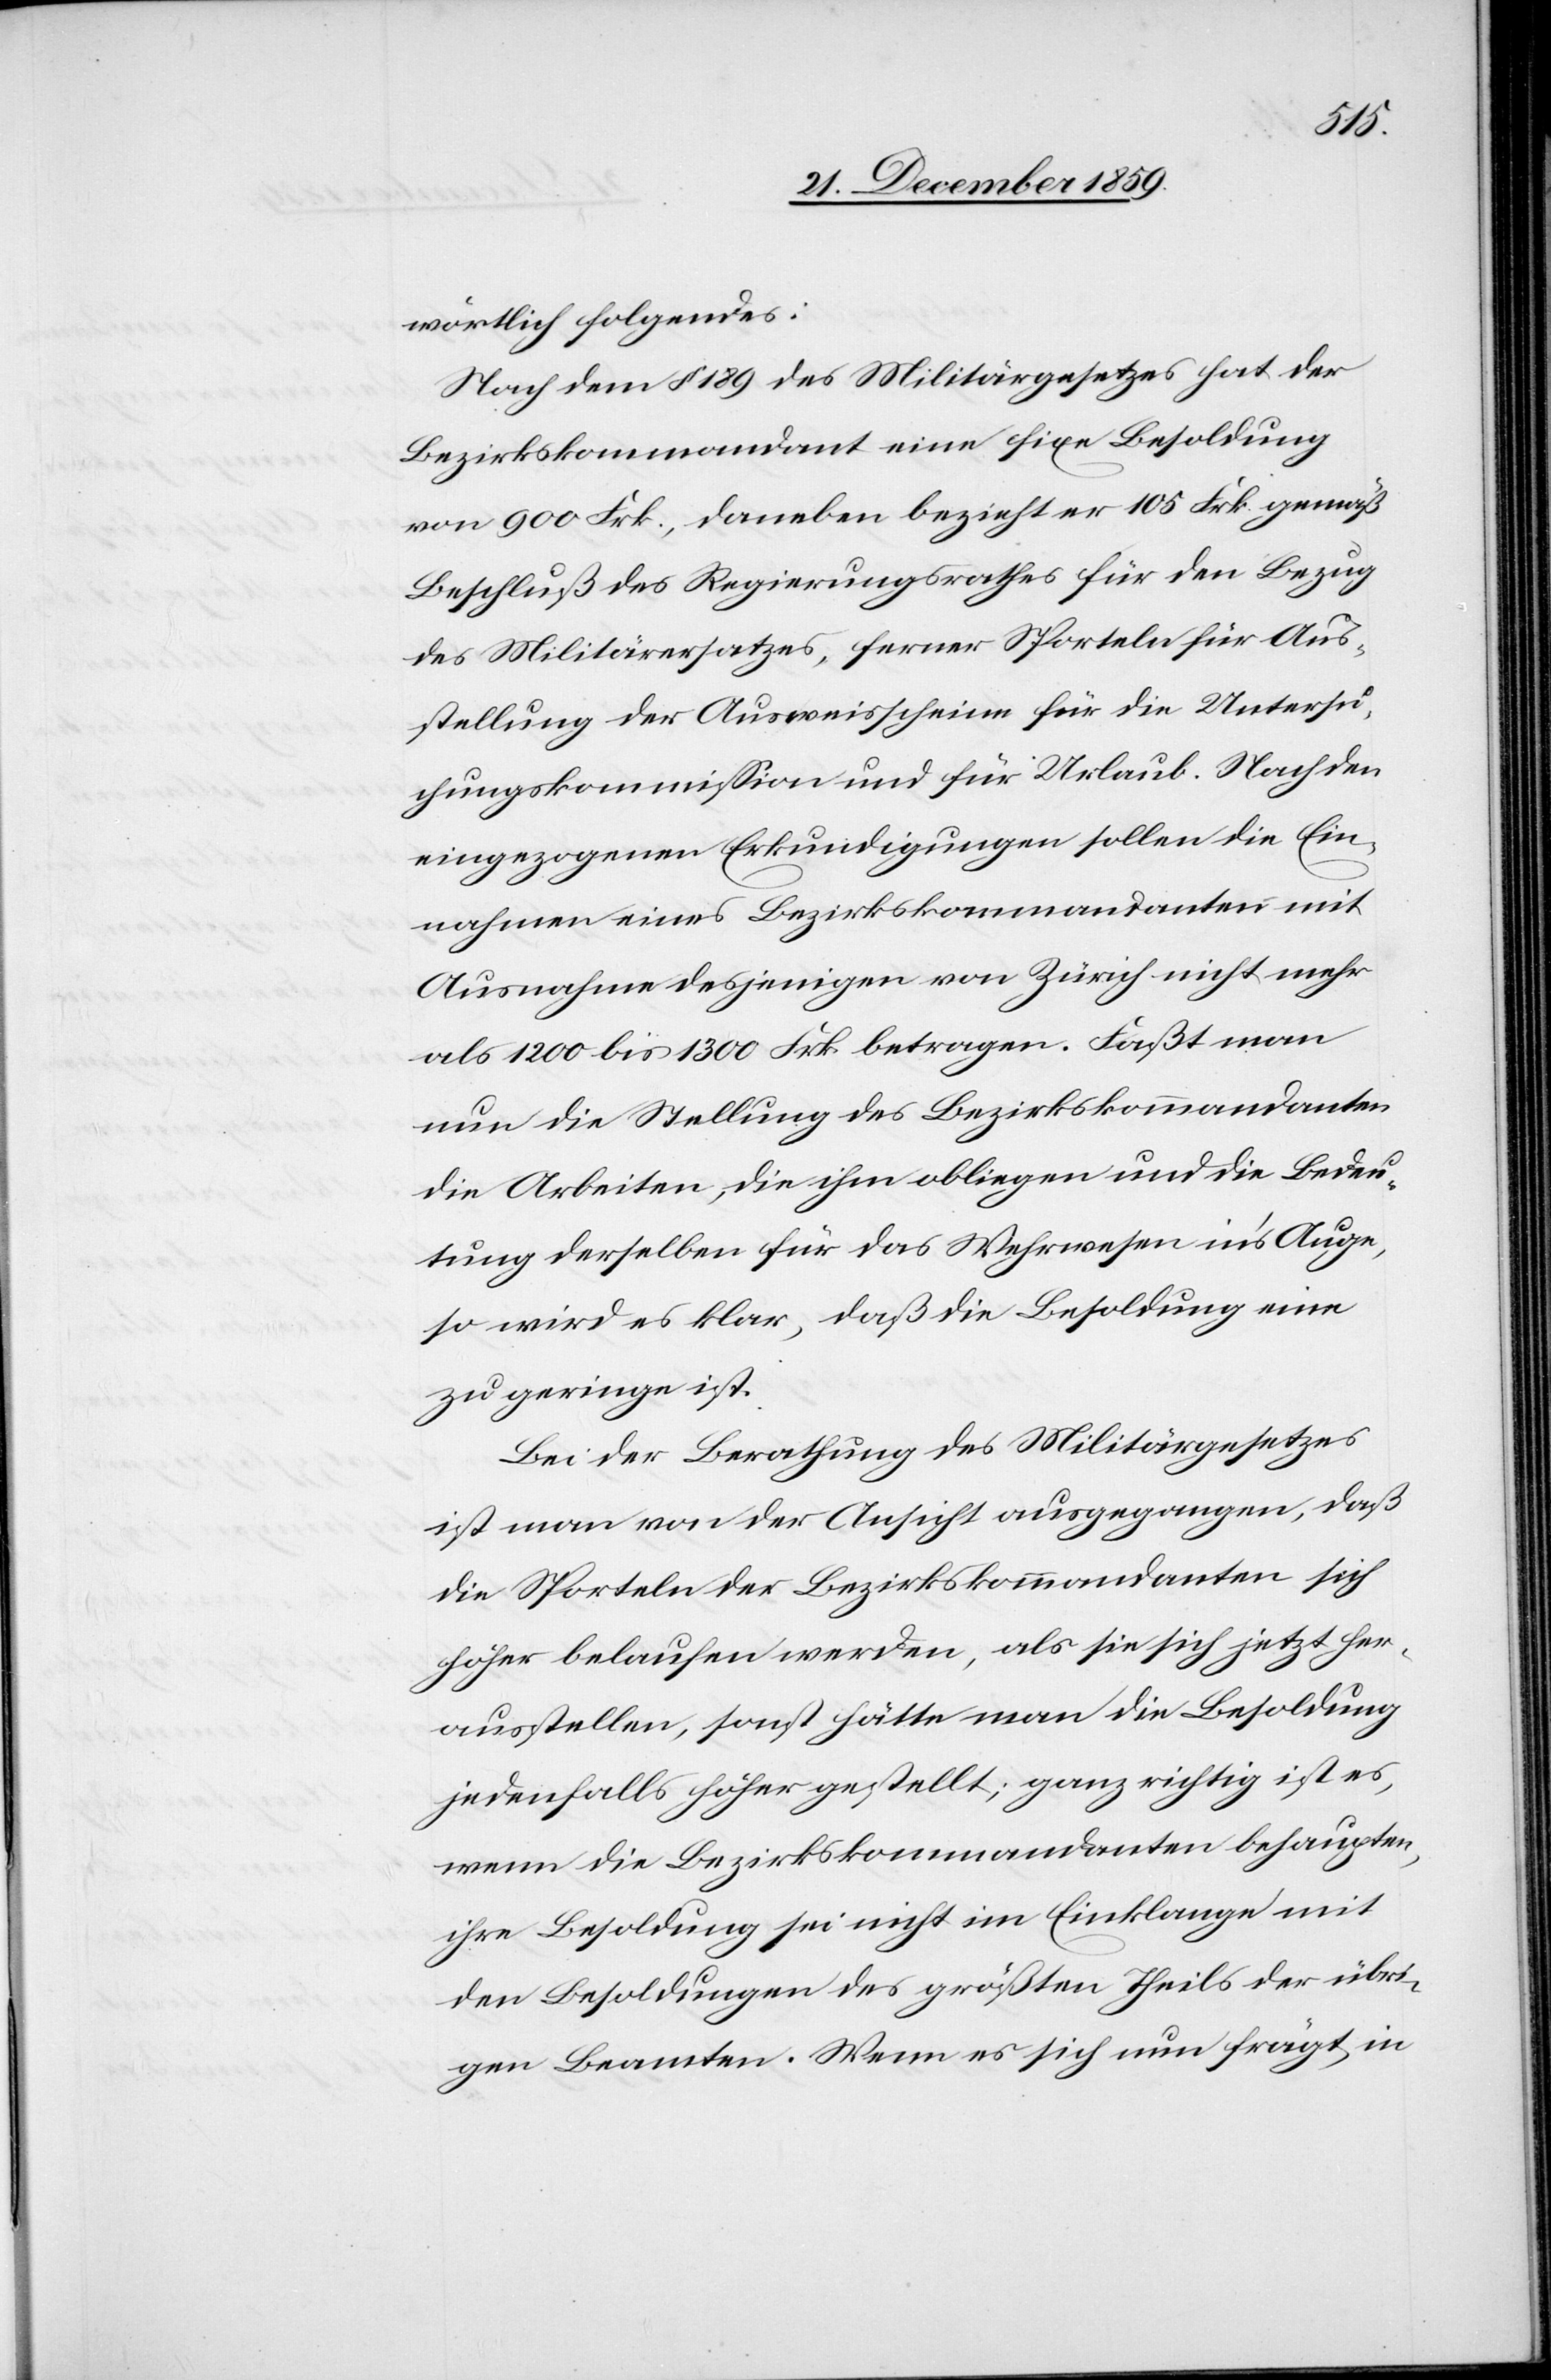
wörtlich folgendes:
Nach dem § 189 des Militärgesetzes hat der
Bezirkskommandant eine fixe Besoldung
von 900 Frk., daneben bezieht er 105 Frk. gemäß
Beschluß des Regierungsrathes für den Bezug
des Militärersatzes, ferner Sporteln für Aus¬
stellung der Ausweisscheine für die Untersu¬
chungskommission und für Urlaub. Nach den
eingezogenen Erkundigungen sollen die Ein¬
nahmen eines Bezirkskommandanten mit
Ausnahme desjenigen von Zürich nicht mehr
als 1200 bis 1300 Frk. betragen. Faßt man
nun die Stellung des Bezirkskommandanten
die Arbeiten, die ihm obliegen[,] und die Bedeu¬
tung derselben für das Wehrwesen in’s Auge,
so wird es klar, daß die Besoldung eine
zu geringe ist.
Bei der Berathung des Militärgesetzes
ist man von der Ansicht ausgegangen, daß
die Sporteln der Bezirkskommandanten sich
höher belaufen werden, als sie sich jetzt her¬
ausstellen, sonst hätte man die Besoldung
jedenfalls höher gestellt; ganz richtig ist es,
wenn die Bezirkskommandanten behaupten,
ihre Besoldung sei nicht im Einklange mit
den Besoldungen des größten Theils der übri¬
gen Beamten. Wenn es sich nun frägt, in